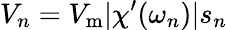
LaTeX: V_{n}=V_{\mathrm{m}}|\chi^{\prime}(\omega_{n})|s_{n}